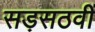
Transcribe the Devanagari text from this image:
सड़सठवीं